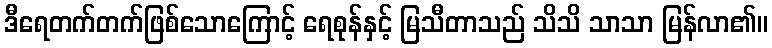
ဒီရေတက်တက်ဖြစ်သောကြောင့် ရေစုန်နှင့် မြသီတာသည် သိသိ သာသာ မြန်လာ၏။